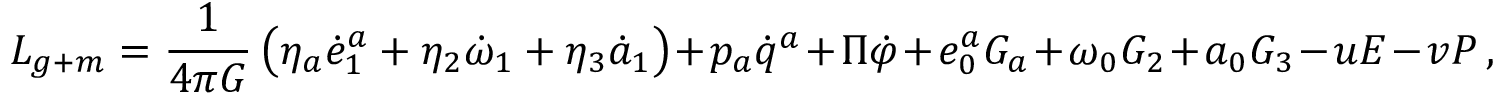
{ \cal L } _ { g + m } = \frac { 1 } { 4 \pi G } \left( \eta _ { a } \dot { e } _ { 1 } ^ { a } + \eta _ { 2 } \dot { \omega } _ { 1 } + \eta _ { 3 } \dot { a } _ { 1 } \right) + p _ { a } \dot { q } ^ { a } + \Pi \dot { \varphi } + e _ { 0 } ^ { a } G _ { a } + \omega _ { 0 } G _ { 2 } + a _ { 0 } G _ { 3 } - u { \cal E } - v { \cal P } \, ,